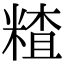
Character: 𥻗